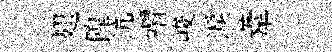
翅隍沆喟峻淚葦